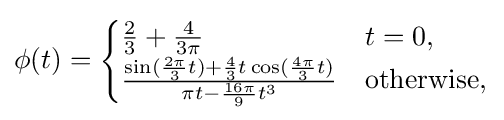
\phi (t)={\begin{cases}{\frac {2}{3}}+{\frac {4}{3\pi }}&t=0,\\{\frac {\sin({\frac {2\pi }{3}}t)+{\frac {4}{3}}t\cos({\frac {4\pi }{3}}t)}{\pi t-{\frac {16\pi }{9}}t^{3}}}&{\text{otherwise}},\end{cases}}